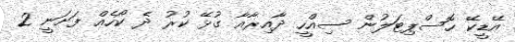
އޭޑީކޭ ހޮސްޕިޓަލުން ސިއްހީ ދާއިރާއާ ގުޅޭ ކުރު ދެ ކޯހެއް ފަށަނީ 2